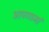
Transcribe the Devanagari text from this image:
आपणामां